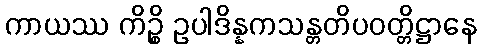
ကာယဿ ကိဉ္စိ ဥပါဒိန္နကသန္တတိပဝတ္တိဋ္ဌာနေ